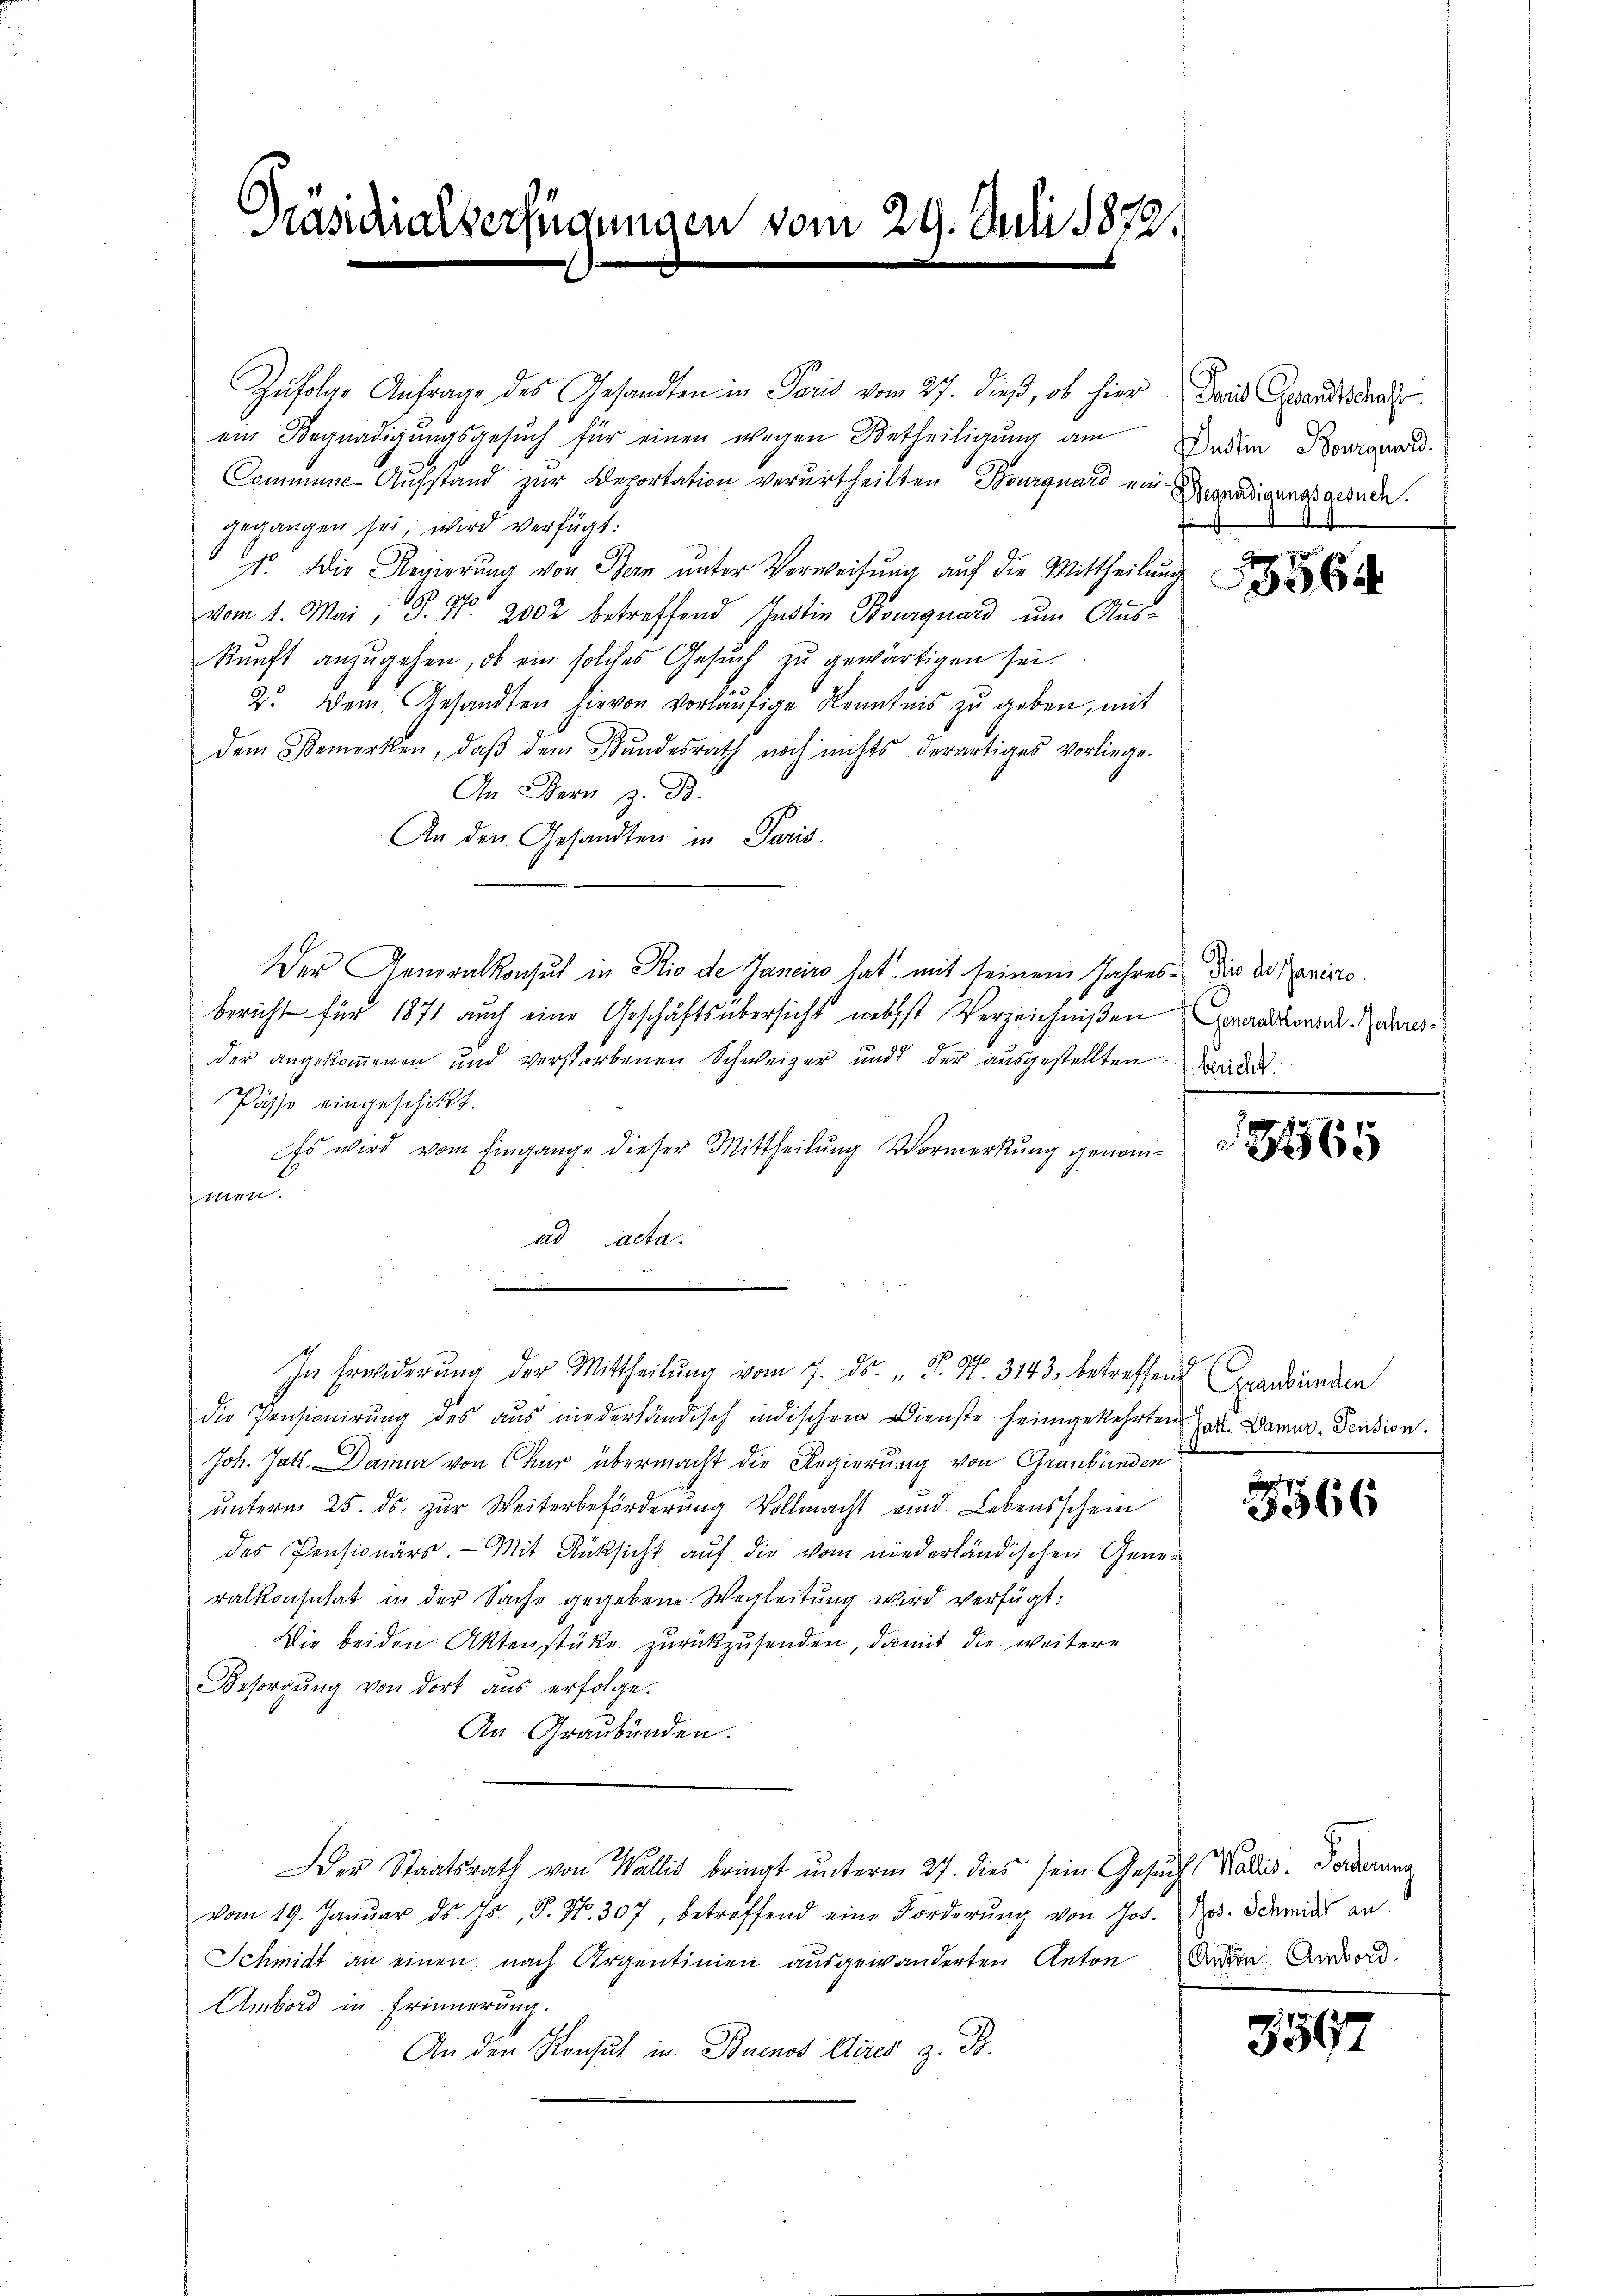
Präsidialverfügungen vom 29. Juli 1872.

ein Begnadigungsgesuch für einen wegen Betheiligung am
Commune-Aufstand zur Deportation verurtheilten Bourquard ein Begnadigungsgebaden.
gegangen sei, wird verfügt:
I. Die Regierung von Bern unter Verweisung auf die Mittheilung
vom 1. Mai, P. Nr. 2002 betreffend Instin Bourquard um Auskunft anzugehen, ob ein solches Gesŭch zu gewärtigen sei.
2. Dem Gesandten hievon vorläŭfige Kenntnis zu geben, mit
dem Bemerken, daβ dem Bundesrath noch nichts derartiges vorliege.
An Bern z. B.
An den Gesandten in Paris.
Der Generalkonsul in Rio de Janeiro hat mit seinem Jahres Die der Panirte.
bericht für 1871 auch eine Geschäftsübersicht nebst Verzeichnißen Generalkonade dersder angekommenen und verstorbenen Schweizer und der aŭsgestellten ander
Pässe eingeschikt.
Es wird vom Eingange dieser Mittheilung Vormerkung genommen.
ad acta
In Erwiderung der Mittheilŭng vom 7. ds. " P. Nr. 3143 betreffend Graubünden
die Pensionirung des aus niederländisch indischen Dienste heimgekehrten . Damur, Pension.
Joh. Jatt. Danner von Chur übermacht die Regierung von Graubünden
unterm 25. ds. zur Weiterbeförderung Vollmacht und Lebensschein
des Pensionärs. - Mit Rücksicht auf die vom niederländischen Gene-
ralkonsulat in der Sache gegebene Wegleitung wird verfügt:
Die beiden Aktenstüke zurückzusenden, damit die weitere
Besorgŭng von dort aus erfolge.
An Graubünden.
Der Staatsrath von Wallis bringt unterm 27. dies sein Gesuchs Salic. Forderung
vom 19. Januar ds. Js., S. Nr. 307, betreffend eine Forderŭng von Jos. Jos. Schmid an
Schmidt an einen nach Argentinien ausgewanderten Anton Arten Andron.
Ambord in Erinnerung.
An den Konsul in Buenos Aires z. B.

Zufolge Anfrage des Gesandten in Paris vom 27. dieß, ob hier

Taid Grandschaft.
Justin Bourquard

356

18465

3566

3547